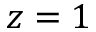
z = 1